Tezpur Lunatic Asylum reports 1877-1894 - 1877-1894
Year: 1877
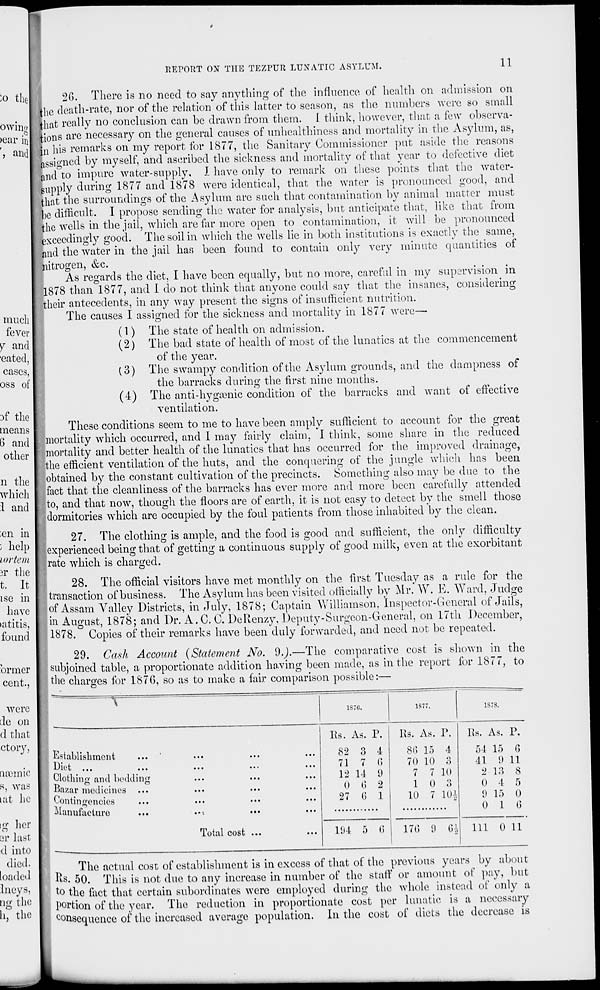
io the
owin<r
>ear in
', and
REPORT ON THE TEZPUR LUNATIC ASYLUM.
11
.
much
fever
y and
'eated,
cases,
oss of
3f the
means
6 and
other
n the
which
1 and
;en in
; help
lortem
3r the
t. It
ise in
have
>atitis,
found
ormcr
cent.,
were
de on
d that
ctory,
ruemic
s, was
uit he
20. There is no need to say anything of the influence of health on admission on
the death-rate, nor of the relation of this latter to season, as the numbers were so small
that really no conclusion can be drawn from them. I think, however, that a few observa-
tions are necessary on the general causes of unhealthiness and mortality in the Asylum, as,
hi his remarks on my report for 1877, the Sanitary Commissioner put aside the reasons
assigned by myself, and ascribed the sickness and mortality of that year to defective diet
[nd to impure water-supply, I have only to remark on these points that the water-
supply during 1877 and 1878 were identical, that the water is pronounced good, and
that the surroundings of the Asylum are such that contamination by animal matter must
he difficult. I propose sending the water for analysis, but anticipate that, like that from
the wells in the jail, which are far more open to contamination, it will be pronounced
exceedingly good. The soil in which the wells lie in both institutions is exactly the same,
and the water in the jail has been found to contain only very minute quantities of
nitrogen, &c.
As regards the diet, I have been ecpially, but no more, careful in my supervision in
1878 than 1877, and 1 do not think that anyone could say that the insanes, considering
[their antecedents, in any way present the signs of insufficient nutrition.
The causes I assigned for the sickness and mortality in 1877 were—
(1) The state of health on admission.
(2) The bad state of health of most of the lunatics at the commencement
of the year.
(3) The swampy condition of the Asylum grounds, and the dampness of
the barracks during the first nine months.
(4) The anti-hygienic condition of the barracks and want of effective
ventilation.
These conditions seem to me to have been amply sufficient to account for the great
mortality which occurred, and I may fairly claim, I think, some share in the reduced
mortality and better health of the lunatics that has occurred for the improved drainage,
the efficient ventilation of the huts, and the conquering of the jungle which has been
obtained by the constant cultivation of the precincts. Something also may be due to the
fact that the cleanliness of the barracks has ever more and more been carefully attended
to, and that now, though the floors are of earth, it is not easy to detect by the smell those
dormitories which are occupied by the foul patients from those inhabited by the clean.
27. The clothing is ample, and the food is good and sufficient, the only difficulty
experienced being that of getting a continuous supply of good milk, even at the exorbitant
rate which is charged.
28. The official visitors have met monthly on the first Tuesday as a rule for the
transaction of business. The Asylum has been visited officially by Mr. W. E. Ward, Judge
of Assam Valley Districts, in July, 1878; Captain Vullinmson, Inspector-General of Jails,
in August, 1878; and Dr. A.C. C. DeRenzy, Deputy-Surgeon-General, on 17th December,
1878. Copies of their remarks have been duly forwarded, and need not be repeated.
29. Cash Account (Statement No. 9.J.—The comparative cost is shown in the
subjoined table, a proportionate addition having been made, as in the report for 1877, to
the charges for 1S7G, so as to make a fair comparison possible:—
ig her
3r last
d into
died,
loaded
Incys,
Qg the
h, the
\
'
1S70.
1S77.
1S7S.
■ Establishment
Clotliinrr and bedding
Bazar medicines ...
Contingencies
^hmufactiire
Rs. As. P.
82 3 4
71 7 6
12 14 9
() 6 2
27 G 1
Us. As. P.
8G 15 4
70 10 3
7 7 10
1 0 3
10 7 m
Rs. As. P.
54 15 0
41 9 11
2 13 8
0 4 5
1) 15 0
0 10
Total cost ...
11)4 5 (' »
17(5 9 6$ 111 0 11
The actual cost of establishment is in excess of that of the previous years by about
Rs. 50. This is not due to any increase in number of the staff or amount of pay, but
to the fact that certain subordinates were employed during the whole instead of only a
portion of the year. The reduction in proportionate cost per lunatic is a necessary
consequence of the increased average population. In the cost of diets the decrease is